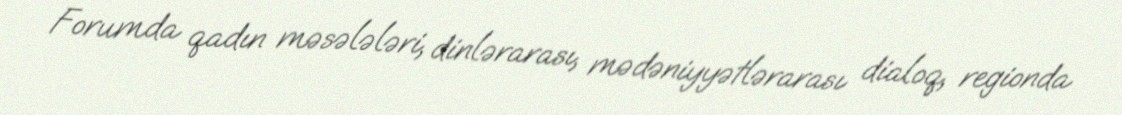
Forumda qadın məsələləri, dinlərarası, mədəniyyətlərarası dialoq, regionda